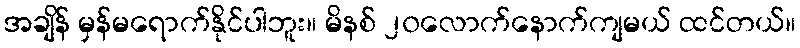
အချိန် မှန်မရောက်နိုင်ပါဘူး။ မိနစ် ၂၀လောက်နောက်ကျမယ် ထင်တယ်။